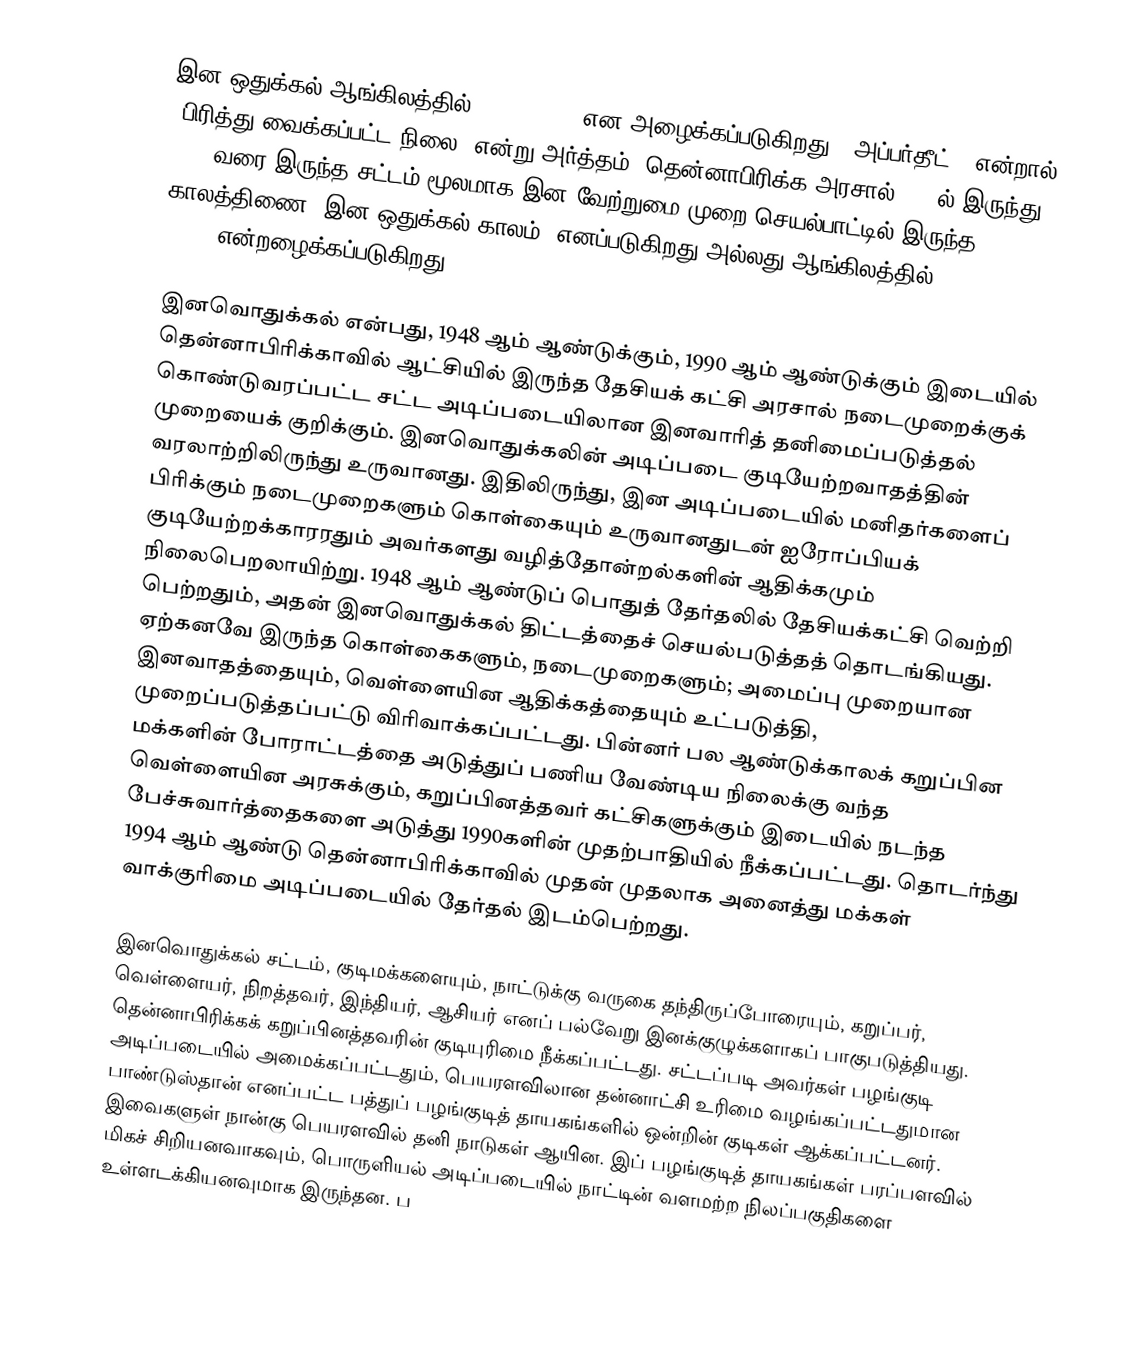
இன ஒதுக்கல் ஆங்கிலத்தில் (Apartheid) என அழைக்கப்படுகிறது. "அப்பர்தீட் " என்றால் "பிரித்து வைக்கப்பட்ட நிலை" என்று அர்த்தம். தென்னாபிரிக்க அரசால் 1948ல் இருந்து 1998 வரை இருந்த சட்டம் மூலமாக இன வேற்றுமை முறை செயல்பாட்டில் இருந்த காலத்திணை "இன ஒதுக்கல் காலம்" எனப்படுகிறது அல்லது ஆங்கிலத்தில் (Apartheid - Era ) என்றழைக்கப்படுகிறது.

இனவொதுக்கல் என்பது, 1948 ஆம் ஆண்டுக்கும், 1990 ஆம் ஆண்டுக்கும் இடையில் தென்னாபிரிக்காவில் ஆட்சியில் இருந்த தேசியக் கட்சி அரசால் நடைமுறைக்குக் கொண்டுவரப்பட்ட சட்ட அடிப்படையிலான இனவாரித் தனிமைப்படுத்தல் முறையைக் குறிக்கும். இனவொதுக்கலின் அடிப்படை குடியேற்றவாதத்தின் வரலாற்றிலிருந்து உருவானது. இதிலிருந்து, இன அடிப்படையில் மனிதர்களைப் பிரிக்கும் நடைமுறைகளும் கொள்கையும் உருவானதுடன் ஐரோப்பியக் குடியேற்றக்காரரதும் அவர்களது வழித்தோன்றல்களின் ஆதிக்கமும் நிலைபெறலாயிற்று. 1948 ஆம் ஆண்டுப் பொதுத் தேர்தலில் தேசியக்கட்சி வெற்றி பெற்றதும், அதன் இனவொதுக்கல் திட்டத்தைச் செயல்படுத்தத் தொடங்கியது. ஏற்கனவே இருந்த கொள்கைகளும், நடைமுறைகளும்; அமைப்பு முறையான இனவாதத்தையும், வெள்ளையின ஆதிக்கத்தையும் உட்படுத்தி, முறைப்படுத்தப்பட்டு விரிவாக்கப்பட்டது. பின்னர் பல ஆண்டுக்காலக் கறுப்பின மக்களின் போராட்டத்தை அடுத்துப் பணிய வேண்டிய நிலைக்கு வந்த வெள்ளையின அரசுக்கும், கறுப்பினத்தவர் கட்சிகளுக்கும் இடையில் நடந்த பேச்சுவார்த்தைகளை அடுத்து 1990களின் முதற்பாதியில் நீக்கப்பட்டது. தொடர்ந்து 1994 ஆம் ஆண்டு தென்னாபிரிக்காவில்  முதன் முதலாக அனைத்து மக்கள் வாக்குரிமை அடிப்படையில் தேர்தல் இடம்பெற்றது.

இனவொதுக்கல் சட்டம், குடிமக்களையும், நாட்டுக்கு வருகை தந்திருப்போரையும், கறுப்பர், வெள்ளையர், நிறத்தவர், இந்தியர், ஆசியர் எனப் பல்வேறு இனக்குழுக்களாகப் பாகுபடுத்தியது. தென்னாபிரிக்கக் கறுப்பினத்தவரின் குடியுரிமை நீக்கப்பட்டது. சட்டப்படி அவர்கள் பழங்குடி அடிப்படையில் அமைக்கப்பட்டதும், பெயரளவிலான தன்னாட்சி உரிமை வழங்கப்பட்டதுமான பாண்டுஸ்தான் எனப்பட்ட பத்துப் பழங்குடித் தாயகங்களில் ஒன்றின் குடிகள் ஆக்கப்பட்டனர். இவைகளுள் நான்கு பெயரளவில் தனி நாடுகள் ஆயின. இப் பழங்குடித் தாயகங்கள் பரப்பளவில் மிகச் சிறியனவாகவும், பொருளியல் அடிப்படையில் நாட்டின் வளமற்ற நிலப்பகுதிகளை உள்ளடக்கியனவுமாக இருந்தன. ப